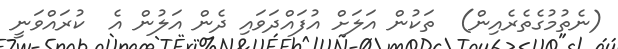
(ނެތުމުގެތެރެއިން)  ތަކުން އަލަށް އުފައްދަވައި ދެން އަލުން އެ  ކުރައްވަނީ